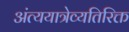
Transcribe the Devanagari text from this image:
अंत्ययात्रेव्यतिरिक्त